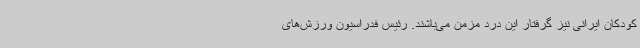
کودکان ایرانی نیز گرفتار این درد مزمن می‌باشند. رئیس فدراسیون ورزش‌های